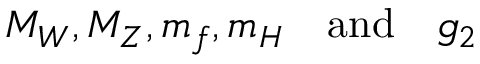
M _ { W } , M _ { Z } , m _ { f } , m _ { H } \quad \mathrm { a n d } \quad g _ { 2 }